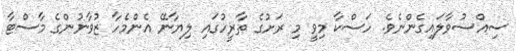
ސިއްސުވާލައިގެންނެވެ. ހަސްކާ މިވީ މި ރަށުގެ ތާރީހުގައި ލިޔާނޭ އެންމެހާ ޒުވާނުންގެ މާސްޓާ